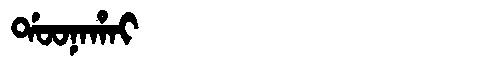
Manchu: ᡩᠣᠣᠨᠠᡥᠠᡳ
Romanization: DOONAHAI